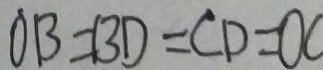
O B = B D = C D = O C